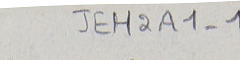
JEH2A1-1